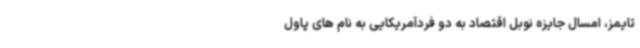
تایمز، امسال جایزه نوبل اقتصاد به دو فردآمریکایی به نام های پاول